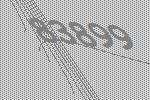
83899